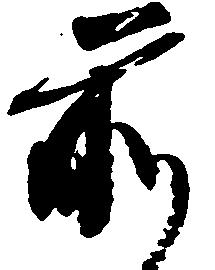
前